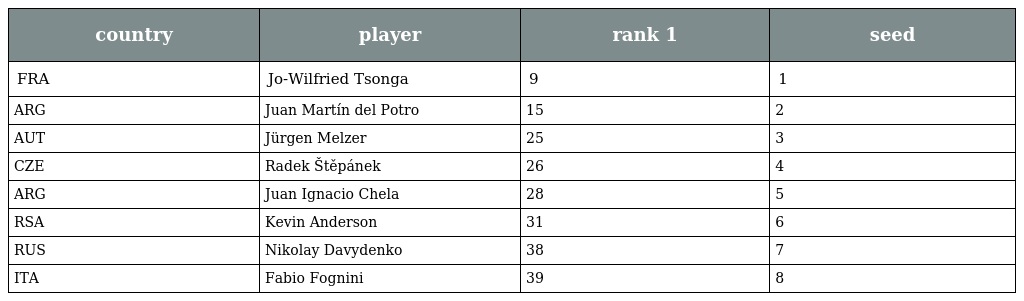
| country | player | rank 1 | seed |
 | --- | --- | --- | --- |
 | FRA | Jo-Wilfried Tsonga | 9 | 1 |
 | ARG | Juan Martín del Potro | 15 | 2 |
 | AUT | Jürgen Melzer | 25 | 3 |
 | CZE | Radek Štěpánek | 26 | 4 |
 | ARG | Juan Ignacio Chela | 28 | 5 |
 | RSA | Kevin Anderson | 31 | 6 |
 | RUS | Nikolay Davydenko | 38 | 7 |
 | ITA | Fabio Fognini | 39 | 8 |